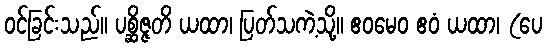
ဝင်ခြင်းသည်။ ပစ္ဆိဇ္ဇတိ ယထာ၊ ပြတ်သကဲ့သို့။ ဧဝမေဝ ဧဝံ ယထာ၊ (ပေ